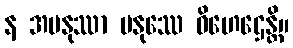
န အမနုဿာ မနုဿေ ဝိဟေဌေန္တိ။